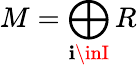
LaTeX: M=\bigoplus_{\mathbf{i}\inI}R